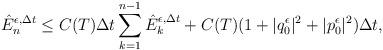
LaTeX: \begin{align*}\hat{E}_n^{\epsilon,\Delta t}\le C(T)\Delta t\sum_{k=1}^{n-1}\hat{E}_k^{\epsilon,\Delta t}+C(T)(1+|q_0^\epsilon|^2+|p_0^\epsilon|^2)\Delta t,\end{align*}